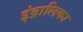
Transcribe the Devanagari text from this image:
इंद्रालिका